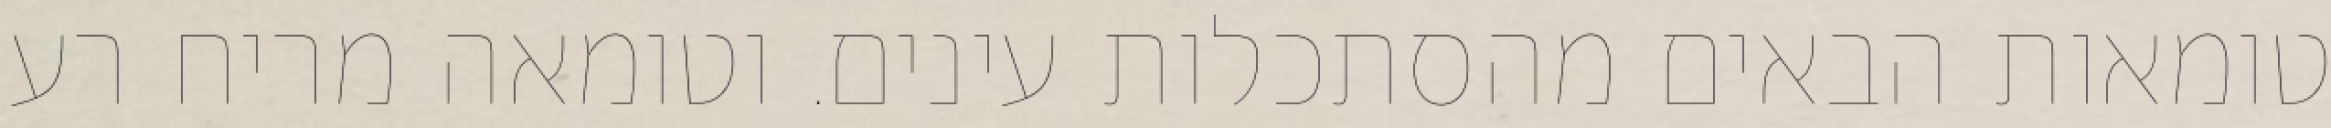
טומאות הבאים מהסתכלות עינים. וטומאה מריח רע